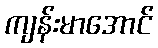
ကျန်းမာအောင်